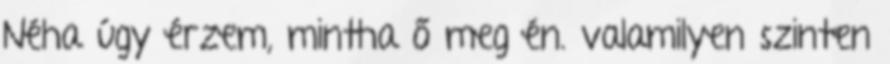
Néha úgy érzem, mintha ő meg én. valamilyen szinten